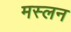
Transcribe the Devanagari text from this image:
मस्लन